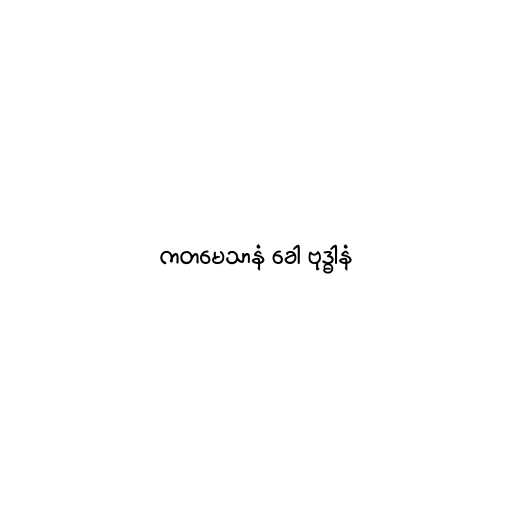
ကတမေသာနံ ခေါ ဗုဒ္ဓါနံ